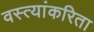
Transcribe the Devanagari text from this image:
वस्त्यांकरिता